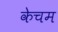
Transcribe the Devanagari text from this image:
केचम